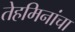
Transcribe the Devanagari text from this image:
तेहमिनांचा